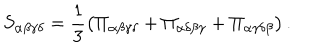
S _ { \alpha \beta \gamma \delta } = \frac { 1 } { 3 } \left( \Pi _ { \alpha \beta \gamma \delta } + \Pi _ { \alpha \delta \beta \gamma } + \Pi _ { \alpha \gamma \delta \beta } \right) .